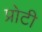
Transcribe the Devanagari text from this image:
प्रोटी